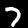
Digit: 7